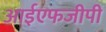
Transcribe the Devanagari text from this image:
आईएफजीपी